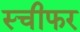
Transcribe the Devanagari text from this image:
स्चीफर